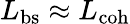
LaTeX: L_{\mathrm{bs}}\approx L_{\mathrm{coh}}